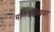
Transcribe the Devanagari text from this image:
मणिअख्खिका